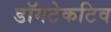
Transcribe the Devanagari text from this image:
डॉगटेकटिव